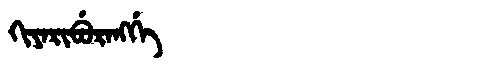
Manchu: ᡴᡳᠶᠠᡵᡳᠪᡠᡵᠠᠩᡤᡝ
Romanization: KIYARIBURANGGE